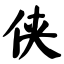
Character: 侠